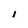
Character: I